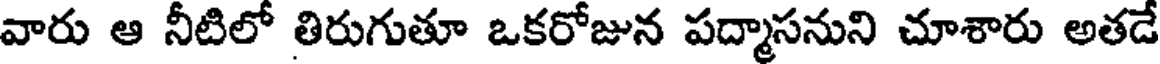
వారు ఆ నీటిలో తిరుగుతూ ఒకరోజున పద్మాసనుని చూశారు అతడే